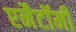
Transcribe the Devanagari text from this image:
एनैटॉमी